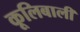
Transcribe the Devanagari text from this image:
कूलिबाली